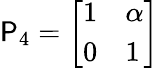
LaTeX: \mathsf{P}_{4}={\left[\begin{array}{ll}{1}&{\alpha}\\ {0}&{1}\end{array}\right]}